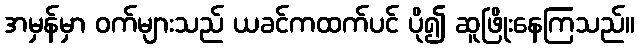
အမှန်မှာ ဝက်များသည် ယခင်ကထက်ပင် ပို၍ ဆူဖြိုးနေကြသည်။